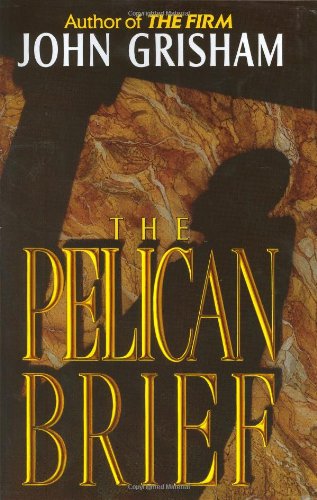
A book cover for The Pelican Brief; John Grisham; Literature & Fiction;